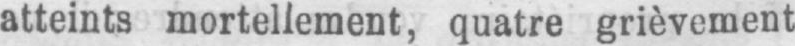
atteints mortellement, quatre grièvement